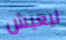
ليعيش